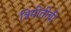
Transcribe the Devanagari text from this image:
त्रिमीतीची